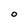
Character: O